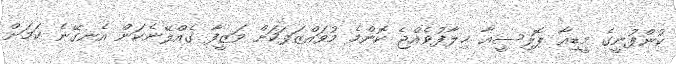
ކުންފުނީގެ މީޑިއާ ޕޮލިސީއާ ޚިލާފުވެއްޖެ ކޮންމެ މުވައްޒަފަކަށް ވަޒީފާ ގެއްލޭނެކަން އެނގޭނެ ކަމަށް